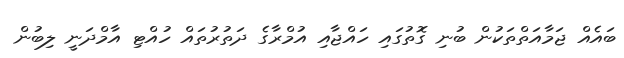
ބައެއް ޖަމާއަތްތަކުން ބުނި ގޮތުގައި ހައްޖާއި އުމްރާގެ ދަތުރުތައް ހުއްޓި އާމްދަނީ ލިބުން